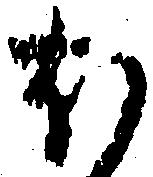
ほ